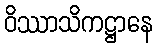
ဝိဿာသိကဋ္ဌာနေ